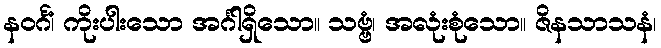
နဝင်္ဂံ၊ ကိုးပါးသော အင်္ဂါရှိသော။ သဗ္ဗံ၊ အလုံးစုံသော။ ဇိနသာသနံ၊